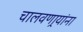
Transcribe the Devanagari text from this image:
चालवणार्‍यांना